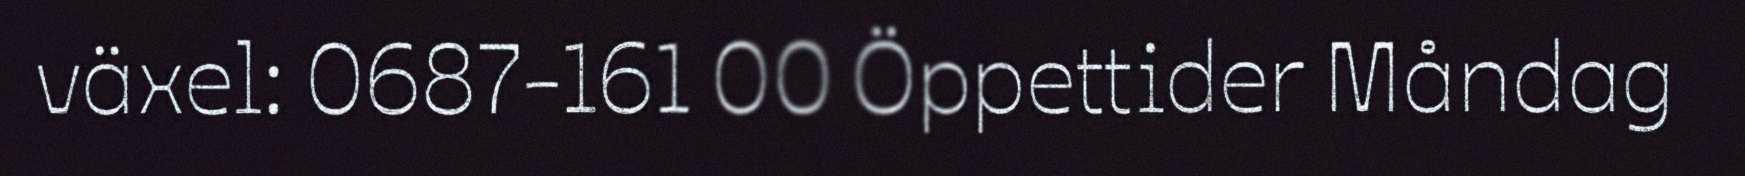
växel: 0687-161 00 Öppettider Måndag